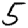
Digit: 5